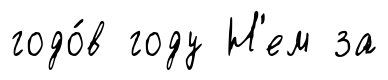
годо́в году Н'ем за